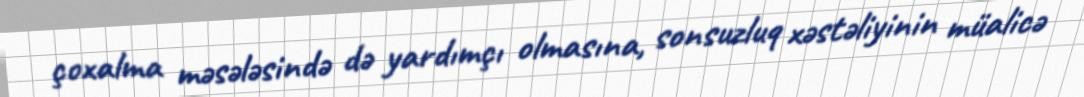
çoxalma məsələsində də yardımçı olmasına, sonsuzluq xəstəliyinin müalicə